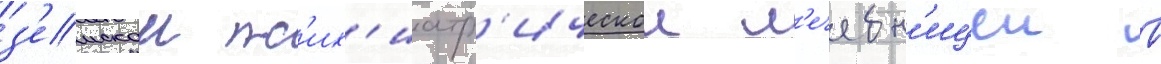
з'емскои пс'их'иатр'ическои л'ечебн'ицеи в